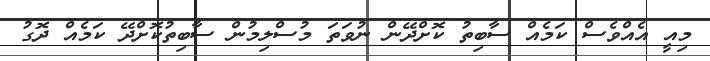
މިއީ އެއްވެސް ކަމެއް ސާބިތު ކޮށްދޭން ނުވަތަ މުސްލިމުން ސާބިތުކޮށްދޭ ކަމެއް ދޮގު